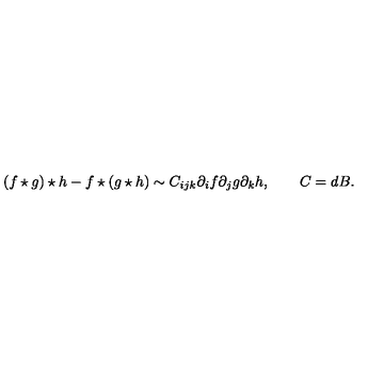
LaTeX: ( f \star g ) \star h - f \star ( g \star h ) \sim C _ { i j k } \partial _ { i } f \partial _ { j } g \partial _ { k } h , \qquad C = d B .